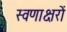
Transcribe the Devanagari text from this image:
स्वणाक्षरों